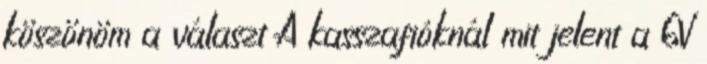
köszönöm a választ A kasszafióknál mit jelent a 6V